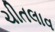
ચીતલાવ